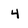
Character: 4